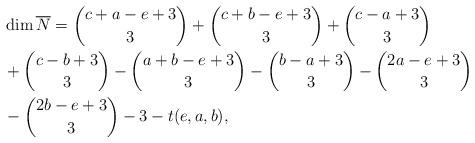
LaTeX: \begin{align*}& \dim\overline{N}=\binom{c+a-e+3}{3}+\binom{c+b-e+3}{3}+\binom{c-a+3}{3}\\&+\binom{c-b+3}{3}-\binom{a+b-e+3}{3}-\binom{b-a+3}{3}-\binom{2a-e+3}{3}\\&-\binom{2b-e+3}{3}-3-t(e,a,b), \end{align*}